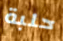
حلبة